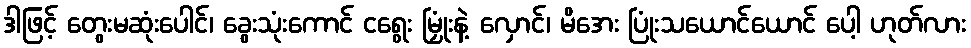
ဒါဖြင့် တွေးမဆုံးပေါင်၊ ခွေးသုံးကောင် ငရွေး မြှုံးနဲ့ လှောင်၊ မိအေး ပြုံးသယောင်ယောင် ပေါ့ ဟုတ်လား